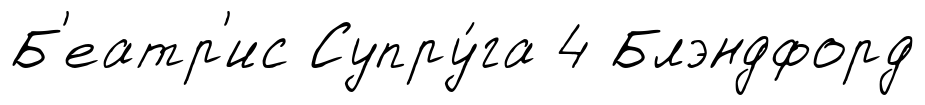
Б'еатр'ис Супру́га 4 Блэндфорд